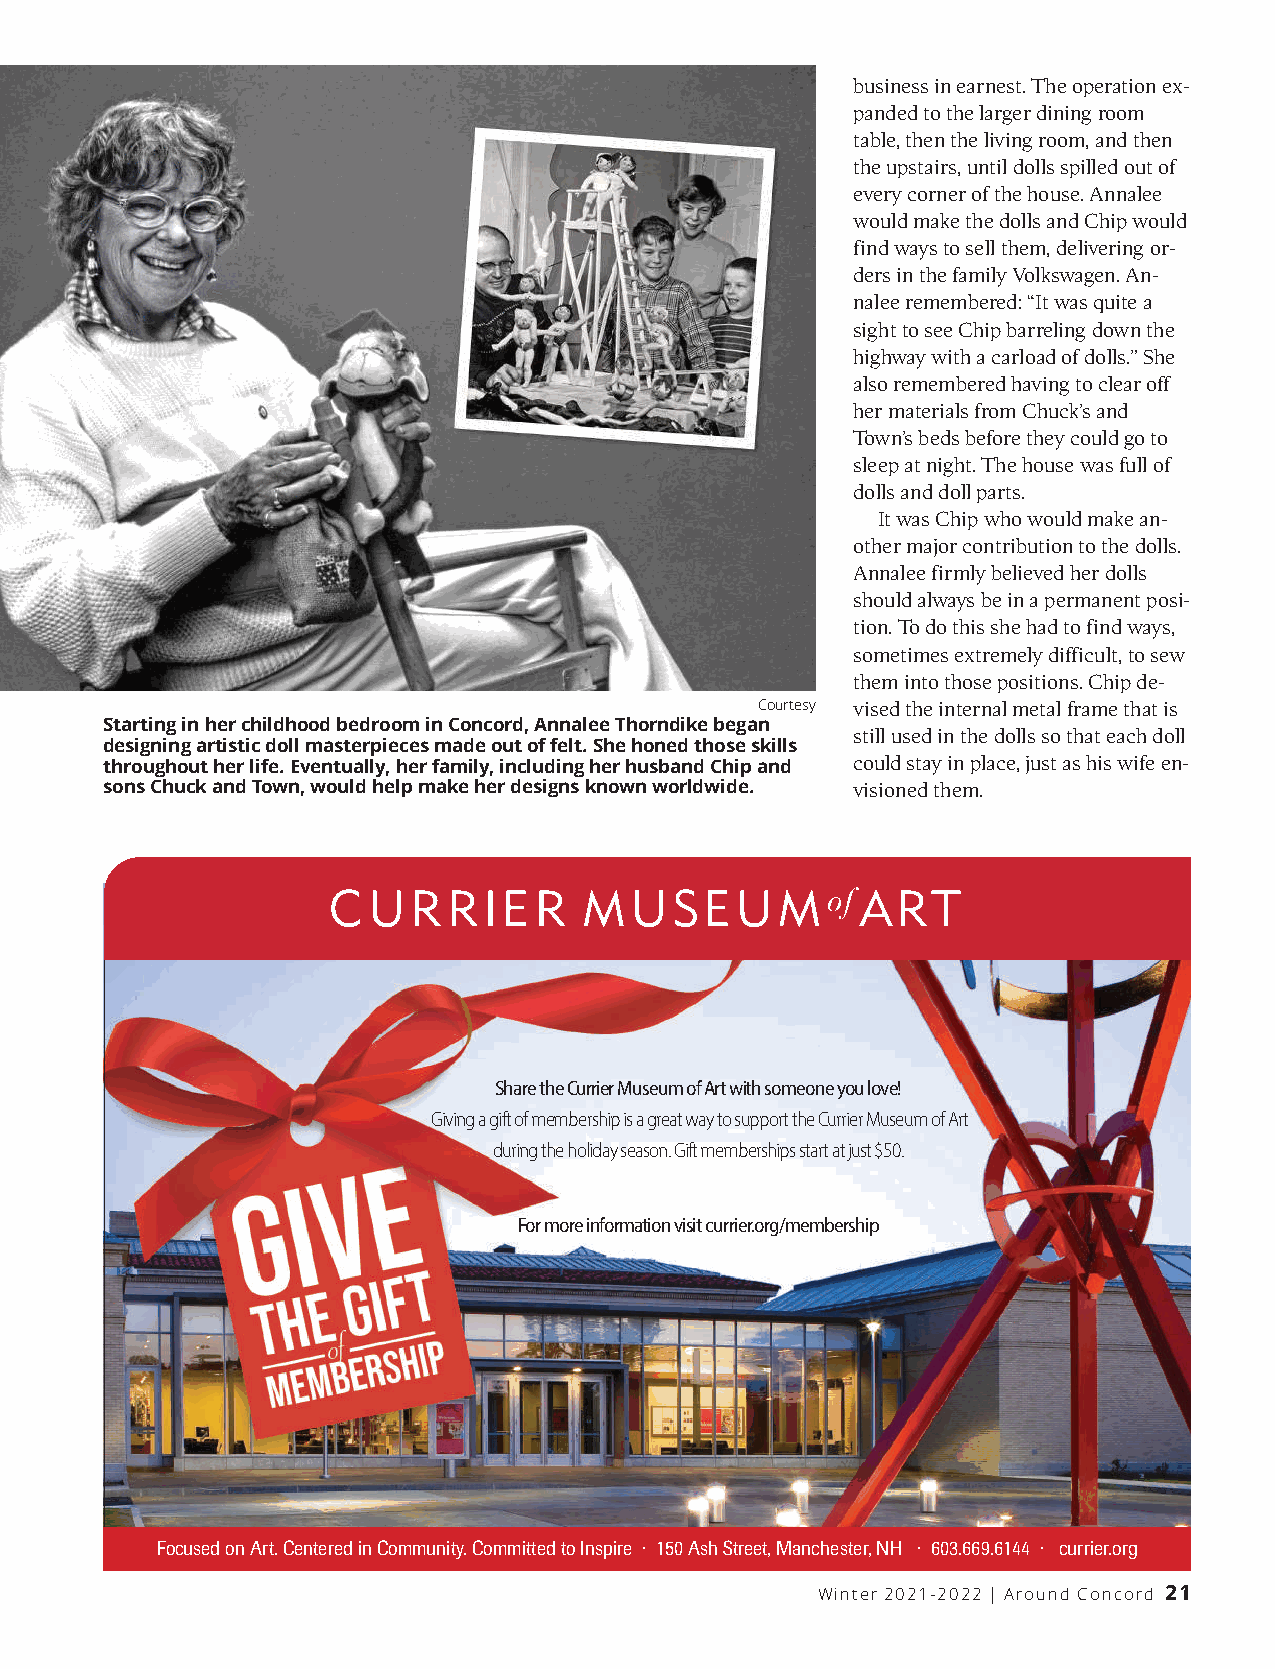
business in earnest. The operation ex-
 panded to the larger dining room
 table, then the living room, and then
 the upstairs, until dolls spilled out of
 every corner of the house. Annalee
 would make the dolls and Chip would
 find ways to sell them, delivering or-
 ders in the family Volkswagen. An-
 nalee remembered: “It was quite a
 sight to see Chip barreling down the
 highway with a carload of dolls.”She
 also remembered having to clear off
 her materials from Chuck’s and
 Tow n’s beds before they could go to
 sleep at night. The house was full of
 dolls and doll parts.
 It was Chip who would make an-
 other major contribution to the dolls.
 Annalee firmly believed her dolls
 should always be in a permanent posi-
 tion. To do this she had to find ways,
 sometimes extremely difficult, to sew
 them into those positions. Chip de-
 Courtesy vised the internal metal frame that is
 Starting in her childhood bedroom in Concord, Annalee Thorndike began
 still used in the dolls so that each doll
 designing artistic doll masterpieces made out of felt. She honed those skills
 throughout her life. Eventually, her family, including her husband Chip and could stay in place, just as his wife en-
 sons Chuck and Town, would help make her designs known worldwide. visioned them.
 SharetheCurrierMuseumofArtwithsomeoneyoulove!
 GivingagiftofmembershipisagreatwaytosupporttheCurrierMuseumofArt
 duringtheholidayseason.Giftmembershipsstartatjust$50.
 Formoreinformationvisitcurrier.org/membership
 .                 .       .
 FocusedonArt.CenteredinCommunity.CommittedtoInspire 150AshStreet,Manchester,NH 603.669.6144 currier.org
 Winter 2021-2022 | Around Concord 21